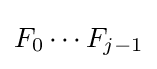
F_{0}\cdots F_{j-1}